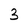
Character: 3